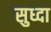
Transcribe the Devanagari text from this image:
सुध्‍दा